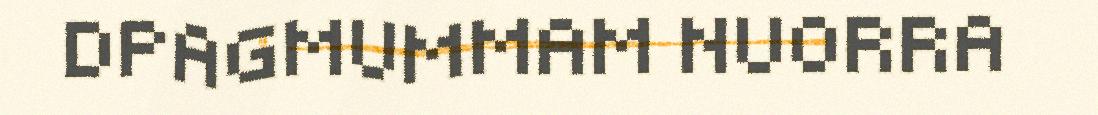
DPAGMUMMAM NUORRA